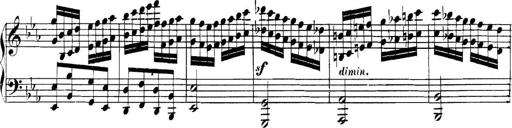
Title: Collected Piano Sonatas
Composer: Muzio Clementi